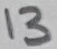
Text: 13